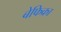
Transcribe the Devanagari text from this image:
बेफिक्रा